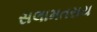
સલામતરાય